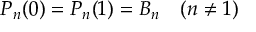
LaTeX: P _ { n } ( 0 ) = P _ { n } ( 1 ) = B _ { n } \quad ( n \neq 1 )